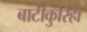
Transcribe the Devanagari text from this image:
बाटीकुरिहा